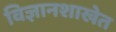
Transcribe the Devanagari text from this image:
विज्ञानशाखेत